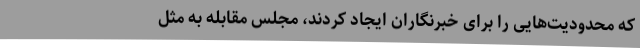
که محدودیت‌هایی را برای خبرنگاران ایجاد کردند، ‌مجلس مقابله به مثل